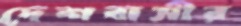
দেশবাসীর